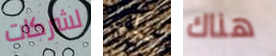
لشركات بأن هناك